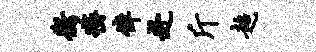
衡密倬赴斤超